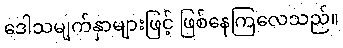
ဒေါသမျက်နှာများဖြင့် ဖြစ်နေကြလေသည်။